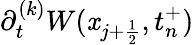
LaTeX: \partial_{t}^{(k)}W(\mathit{x}_{j+\frac{{1}}{{2}}},t_{n}^{+})